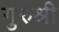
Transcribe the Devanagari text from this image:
गुरुश्री